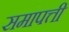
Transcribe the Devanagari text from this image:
समापत्ती